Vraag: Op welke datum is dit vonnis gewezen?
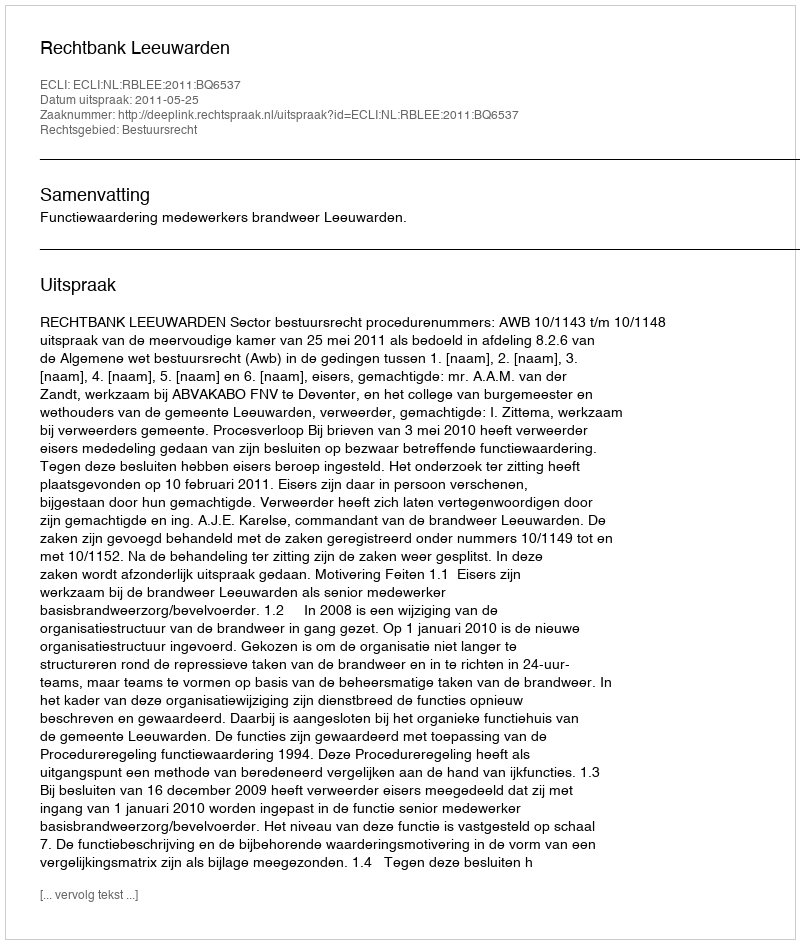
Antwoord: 2011-05-25